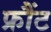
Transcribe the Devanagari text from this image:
फ्रौंट